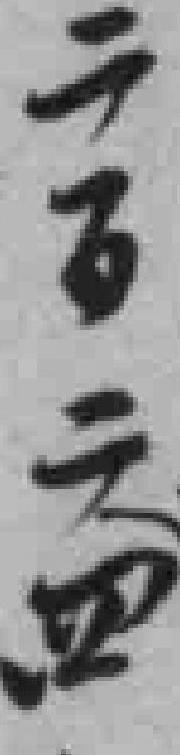
二百二四